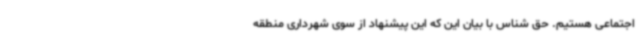
اجتماعی هستیم. حق شناس با بیان این که این پیشنهاد از سوی شهرداری منطقه